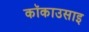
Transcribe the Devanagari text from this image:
कॉकाउसाइ